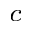
^ c